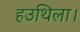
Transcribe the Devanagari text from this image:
हउथिला।